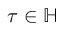
\tau \in \mathbb { H }